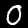
Label: 0